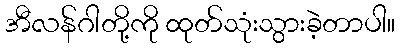
အီလန်ဂါတို့ကို ထုတ်သုံးသွားခဲ့တာပါ။